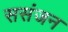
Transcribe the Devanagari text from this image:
ससंजन